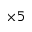
{ \times 5 }